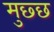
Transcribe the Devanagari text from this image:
मुछ्छ